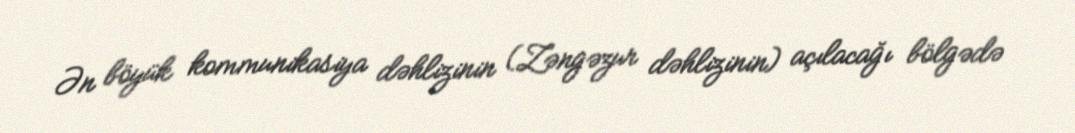
Ən böyük kommunikasiya dəhlizinin (Zəngəzur dəhlizinin) açılacağı bölgədə